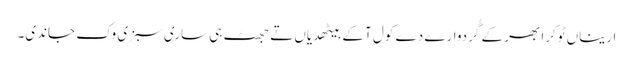
اریناں ٹوکرا بھر کے گُردوارے دے کول آ کے بیٹھدیاں تے جھٹ ہی ساری سبزی وک جاندی۔